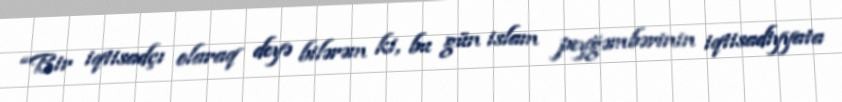
“Bir iqtisadçı olaraq deyə bilərəm ki, bu gün islam peyğəmbərinin iqtisadiyyata